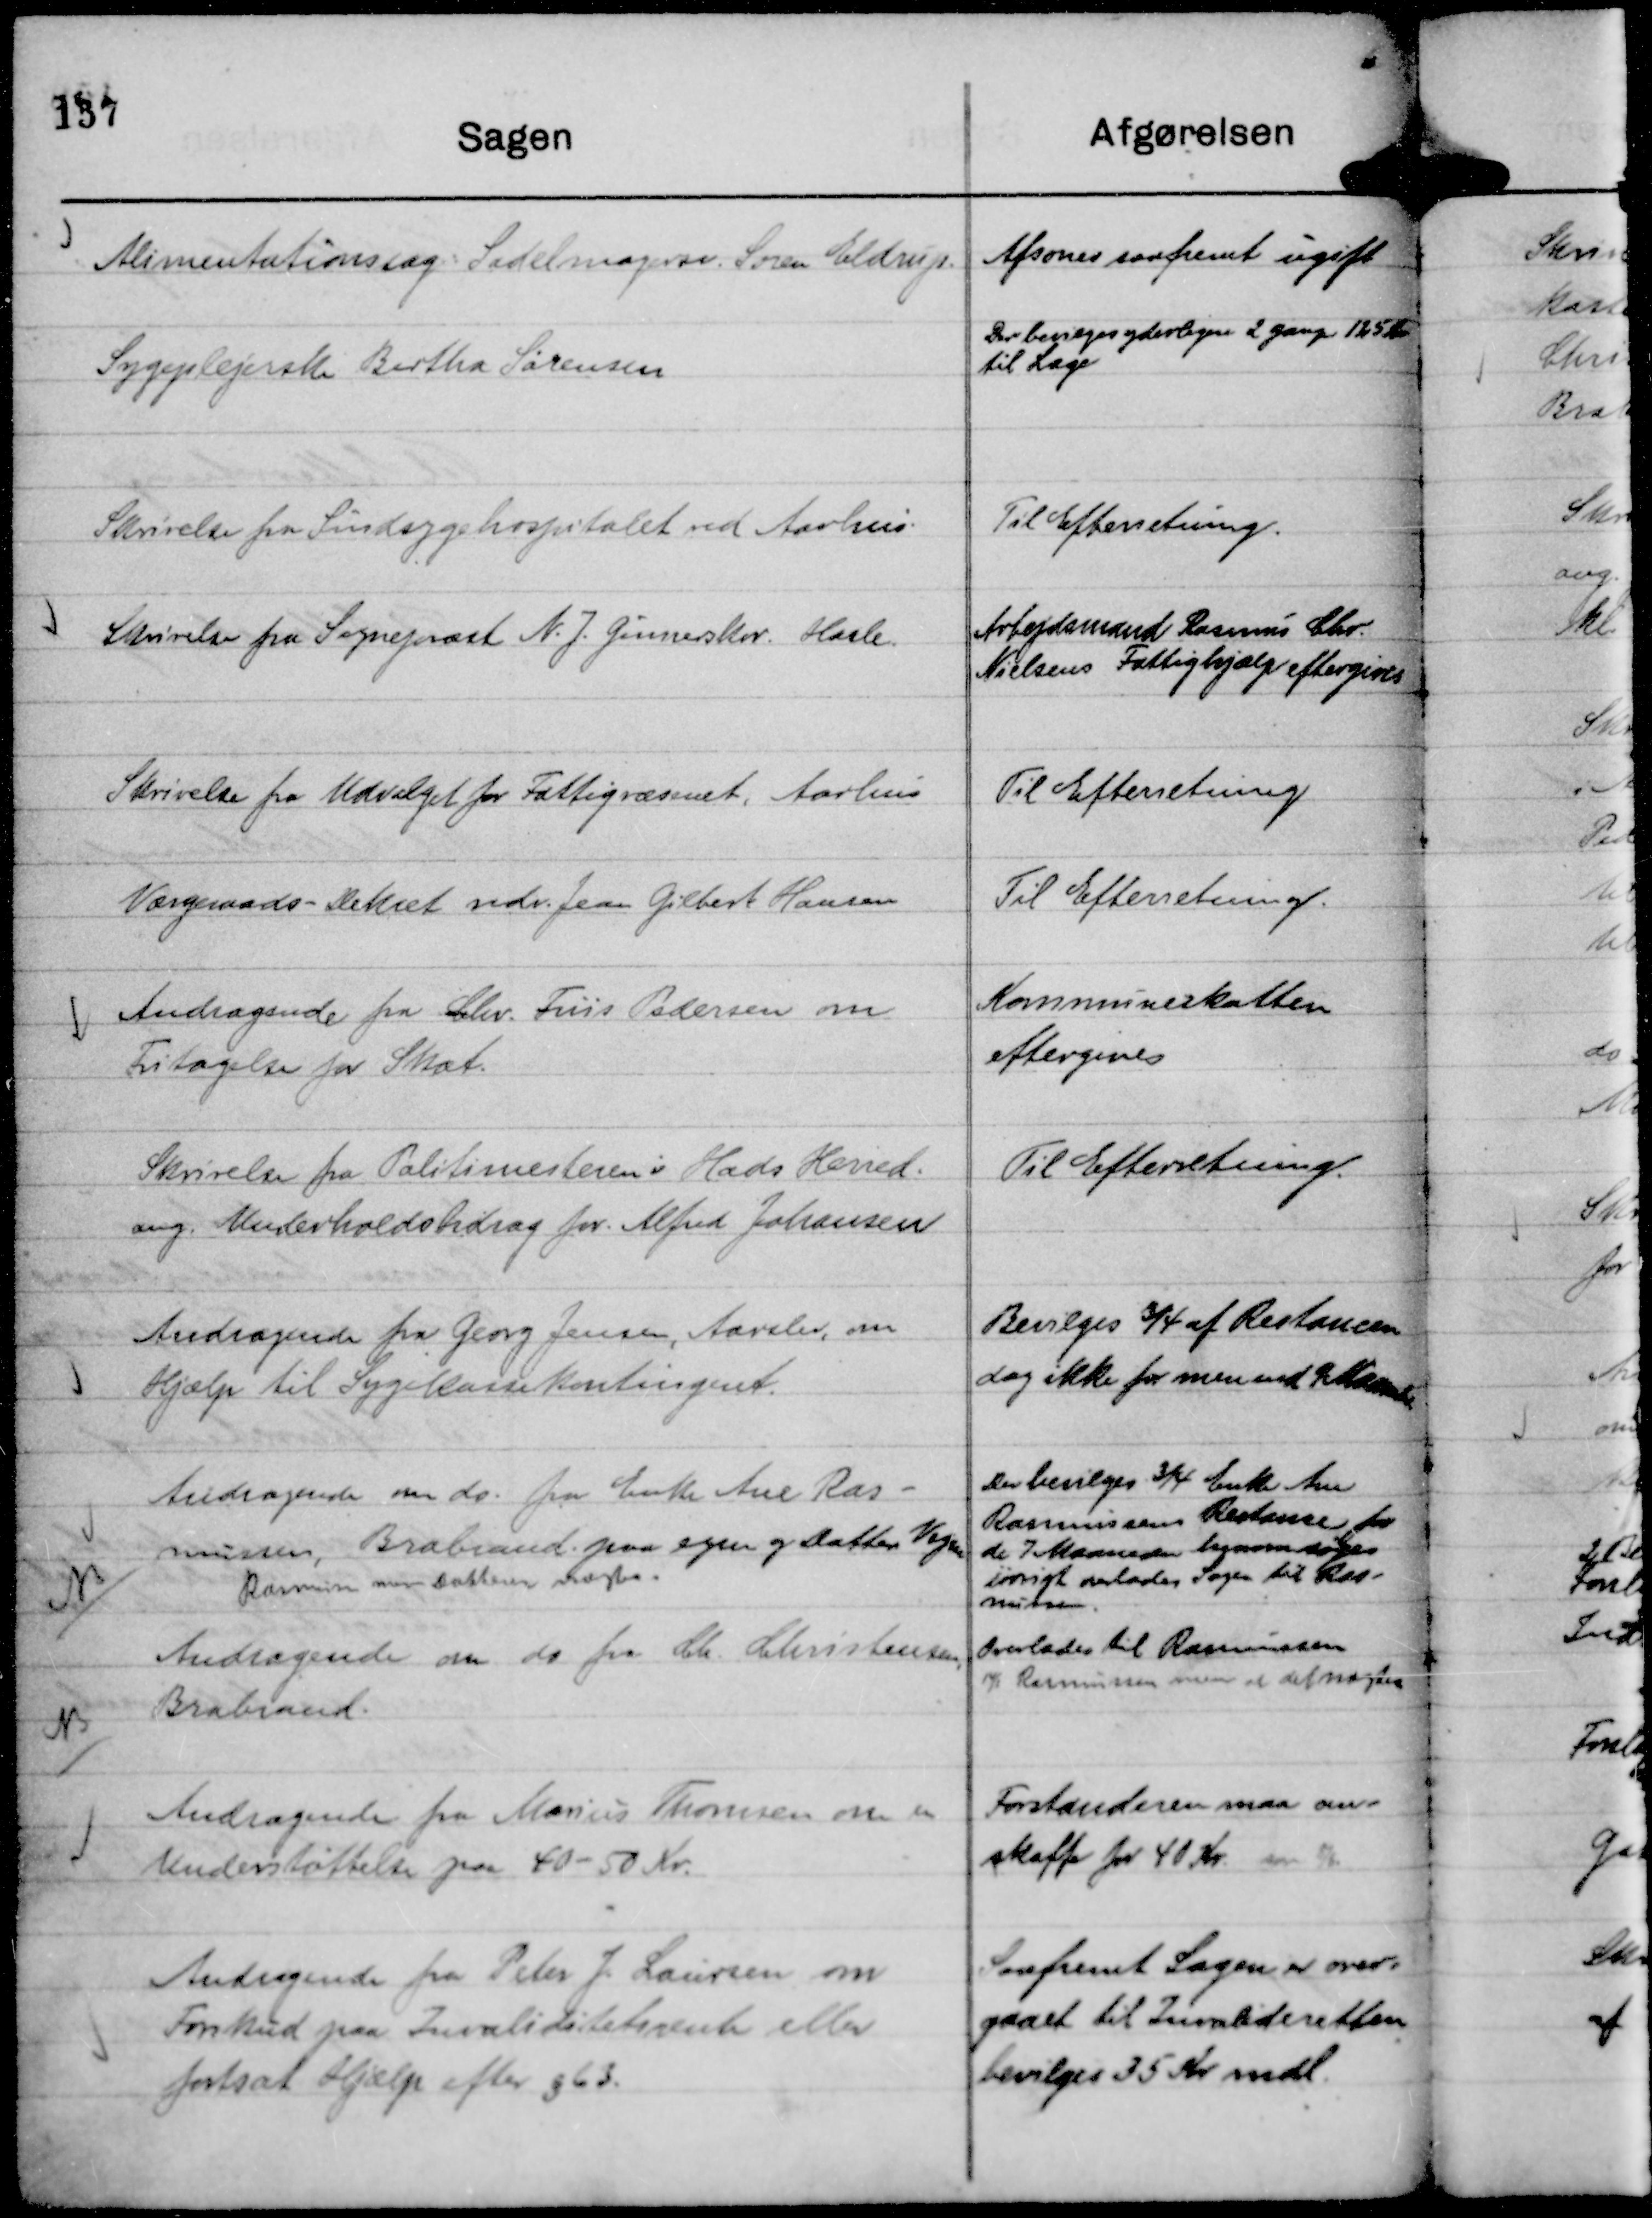
Transskription:
Alimentationssag. Sadelmager Søren Eldrup.

Afsones saafremt ugift

Sygeplejerske Bertha Sørensen

Der bevilges yderligere 2 gange 125 Kr
til Læge

Skrivelse fra Sindsygehospitalet ved Aarhus.

Til Efterretning.

Skrivelse fra Sognepræst N. J. Ginnerskov. Hasle.

Arbejdsmand Rasmus Chr.
Nielsens Fattighjælp eftergives

Skrivelse fra Udvalget for Fattigvæsenet, Aarhus

Til Efterretning

Værgeraads - Dekret vedr. Jean Gilbert Hansen

Til Efterretning.

Andragende fra Chr. Friis Pedersen om
Fritagelse for Skat.

Kommuneskatten
eftergives

Skrivelse fra Politimesteren i Hads Herred.
ang. Underholdsbidrag for . Alfred Johansen

Til Efterretning.

Andragende fra Georg Jensen, Aarslev, om
Hjælp til Sygekassekontingent.

Bevilges ¾ af Restancen
dog ikke for mere end 9 Maaneder

Andragende om do. fra Enke Ane Ras-
mussen, Brabrand paa egen og Datters Vegne
Rasmun men Datteren nægtes.

Der bevilges ¾ Enke Ane
Rasmussens Restance for
de 7 Maaneder begrænsedes 
iøvrigt overlades Sagen til Ras-
mussen.

Andragende om do fra Ch. Christensen,
Brabrand.

Overlades til Rasmussen
14/3 Rasmussen mener at det nægtes

Andragende fra Marius Thomsen om en
Understøttelse paa 40 - 50 Kr.

Forstanderen maa an-
skaffe for 40 Kr. svar 8/6.

Andragende fra Peter J. Laursen om
Forskud paa Invaliditetsrente eller
fortsat Hjælp efter § 63.

Saafremt Sagen er over-
gaaet til Invalideretten
bevilges 35 Kr mdl.